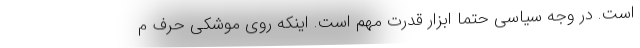
است. در وجه سیاسی حتماً ابزار قدرت مهم است. اینکه روی موشکی حرف م